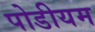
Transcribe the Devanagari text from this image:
पोडीयम